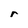
Character: r